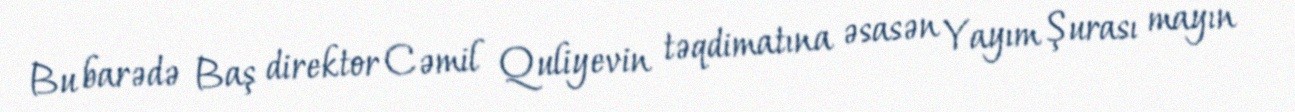
Bu barədə Baş direktor Cəmil Quliyevin təqdimatına əsasən Yayım Şurası mayın